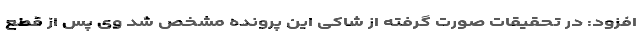
افزود: در تحقیقات صورت گرفته از شاکی این پرونده مشخص شد وی پس از قطع